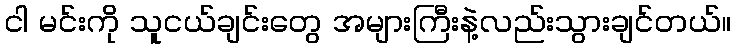
ငါ မင်းကို သူငယ်ချင်းတွေ အများကြီးနဲ့လည်းသွားချင်တယ်။